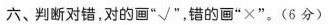
六、判断对错，对的画”√”，错的画”×”。(6分)